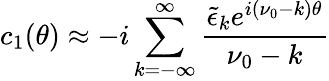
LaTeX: c_{1}(\theta)\approx-i\sum_{k=-\infty}^{\infty}\frac{{\tilde{\epsilon}}_{k}e^{i(\nu_{0}-k)\theta}}{\nu_{0}-k}